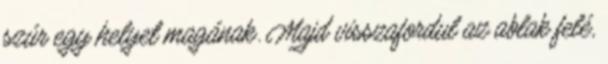
szúr egy helyet magának. Majd visszafordul az ablak felé,